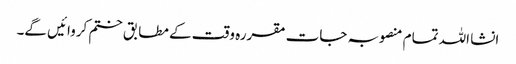
انشا اللہ تمام منصوبہ جات مقررہ وقت کے مطابق ختم کروائیں گے۔